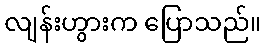
လျန်းဟွားက ပြောသည်။